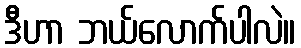
ဒီဟာ ဘယ်လောက်ပါလဲ။